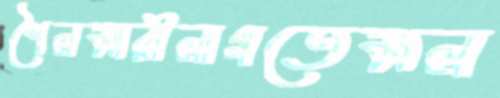
শৈলমারীলাগতেমল